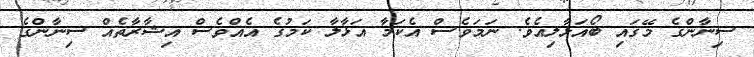
ސިނާންގެ މޭގައި ބޯއަޅާލިއެވެ. ނަމަވެސް އެކަމާ އަޅާލާ ކަމުގެ އެއްވެސް އިޝާރާތެއް ސިނާންގެ